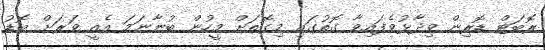
ރޮބަޓް ޑޮރިން ވިދާޅުވެފައިވާ ގޮތުގައި މިގޮތަށް މީހުން ބުނާނަމަ އެއީ ވަރަށް ބޮޑު